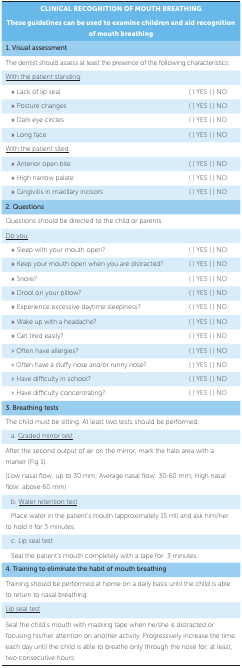
| <COLSPAN=2> CLINICAL RECOGNITION OF MOUTH BREATHING |
 | <COLSPAN=2> These guidelines can be used to examine childrenand aid recognition of mouth breathing |
 | --- | --- |
 | <COLSPAN=2> 1. Visual assessment |
 | <COLSPAN=2> The dentist should assess at least the presenceof the following characteristics: |
 | With the patient standing: |  |
 | » Lack of lip seal | ( ) YES ( ) NO |
 | » Posture changes | ( ) YES ( ) NO |
 | » Dark eye circles | ( ) YES ( ) NO |
 | » Long face | ( ) YES ( ) NO |
 | With the patient sited: |  |
 | » Anterior open bite | ( ) YES ( ) NO |
 | » High narrow palate | ( ) YES ( ) NO |
 | » Gingivitis in maxillary incisors | ( ) YES ( ) NO |
 | <COLSPAN=2> 2. Questions |
 | Questions should be directed to the child orparents |  |
 | Do you: |  |
 | » Sleep with your mouth open? | ( ) YES ( ) NO |
 | » Keep your mouth open when you aredistracted? | ( ) YES ( ) NO |
 | » Snore? | ( ) YES ( ) NO |
 | » Drool on your pillow? | ( ) YES ( ) NO |
 | » Experience excessive daytime sleepiness? | ( ) YES ( ) NO |
 | » Wake up with a headache? | ( ) YES ( ) NO |
 | » Get tired easily? | ( ) YES ( ) NO |
 | » Often have allergies? | ( ) YES ( ) NO |
 | » Often have a stuffy nose and/or runnynose? | ( ) YES ( ) NO |
 | » Have difficulty in school? | ( ) YES ( ) NO |
 | » Have difficulty concentrating? | ( ) YES ( ) NO |
 | <COLSPAN=2> 3. Breathing tests |
 | <COLSPAN=2> The child must be sitting. At least two testsshould be performed. |
 | a. Graded mirror test |  |
 | <COLSPAN=2> After the second output of air on the mirror,mark the halo area with a marker (Fig 1). |
 | <COLSPAN=2> (Low nasal flow: up to 30 mm; Average nasalflow: 30-60 mm; High nasal flow: above 60 mm) |
 | b. Water retention test |  |
 | <COLSPAN=2> Place water in the patient’s mouth(approximately 15 ml) and ask him/her to hold it for 3 minutes. |
 | c. Lip seal test |  |
 | <COLSPAN=2> Seal the patient’s mouth completely with a tapefor 3 minutes. |
 | <COLSPAN=2> 4. Training to eliminate the habit of mouth breathing |
 | <COLSPAN=2> Training should be performed at home on a dailybasis until the child is able to return to nasal breathing. |
 | Lip seal test |  |
 | <COLSPAN=2> Seal the child’s mouth with masking tape whenhe/she is distracted or focusing his/her attention on another activity.Progressively increase the time each day until the child is able tobreathe only through the nose for, at least, two consecutive hours. |